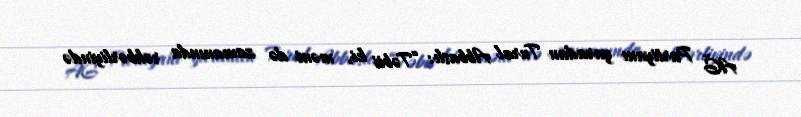
AĞ Partiyanı yaradan Tural Abbaslı: “Təbii ki, məni də zamanında rəhbərliyində